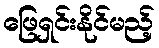
ဖြေရှင်းနိုင်မည့်